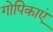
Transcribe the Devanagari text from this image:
गोपिकाएं